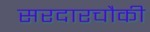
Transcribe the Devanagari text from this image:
सरदारचौकी